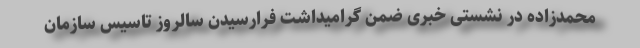
محمدزاده در نشستی خبری ضمن گرامیداشت فرارسیدن سالروز تاسیس سازمان